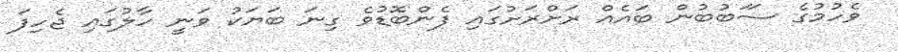
ވެހުމުގެ ސަަބުބުން ބައެއް ރަށްރަށުގައި ފެންބޮޑުވެ ގިނަ ބަޔަކު ވަނީ ހާލުގައި ޖެހިފަ